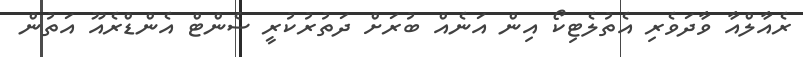
ރެއާލްއާ ވާދަވެރި އެތުލެޓިކޯ އިން އަނެއް ބުރަށް ދަތުރުކުރީ ސެންޓް އެންޑްރެއޫ އަތުން